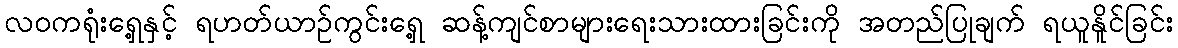
လဝကရုံးရှေ့နှင့် ရဟတ်ယာဉ်ကွင်းရှေ့ ဆန့်ကျင်စာများရေးသားထားခြင်းကို အတည်ပြုချက် ရယူနိူင်ခြင်း